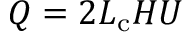
Q = 2 L _ { \mathrm { c } } H U